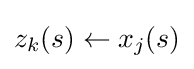
z_{k}(s)\leftarrow x_{j}(s)